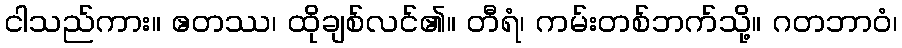
ငါသည်ကား။ ဧတဿ၊ ထိုချစ်လင်၏။ တီရံ၊ ကမ်းတစ်ဘက်သို့။ ဂတဘာဝံ၊